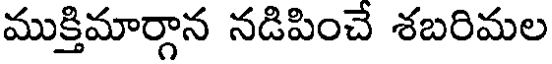
ముక్తిమార్గాన నడిపించే శబరిమల